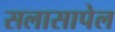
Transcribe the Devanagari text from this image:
सलासापेल